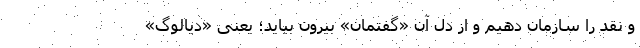
و نقد را سازمان دهیم و از دل آن «گفتمان» بیرون بیاید؛ یعنی «دیالوگ»